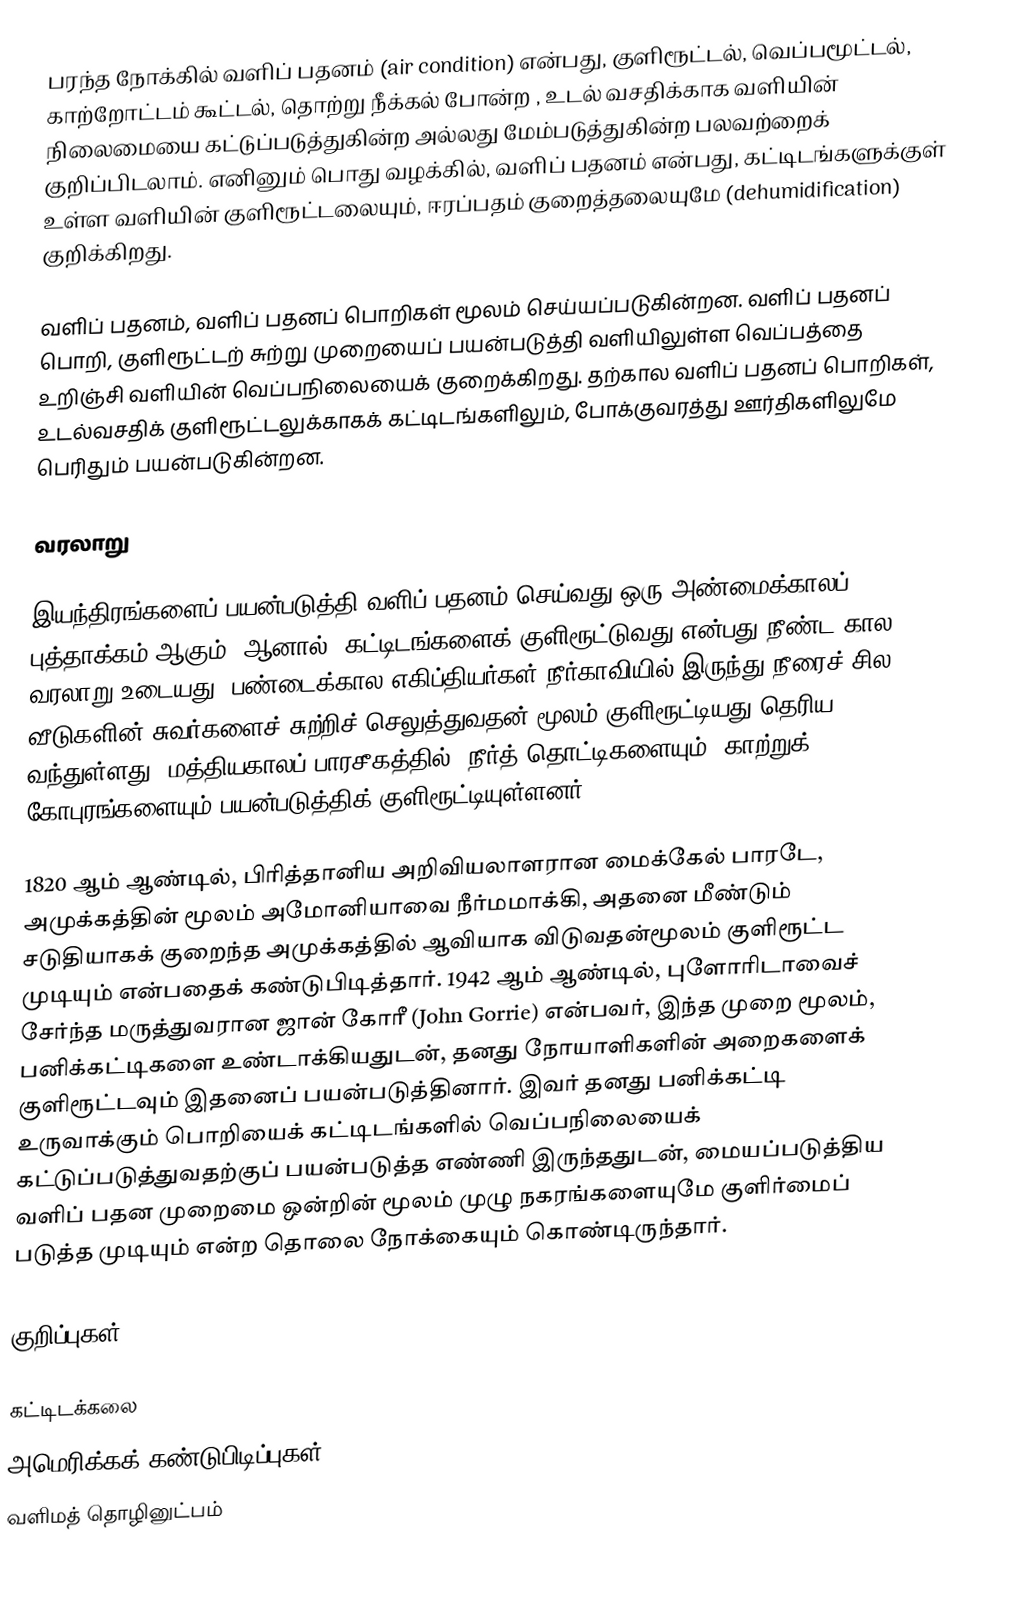
பரந்த நோக்கில் வளிப் பதனம் (air condition) என்பது, குளிரூட்டல், வெப்பமூட்டல், காற்றோட்டம் கூட்டல், தொற்று நீக்கல் போன்ற , உடல் வசதிக்காக வளியின் நிலைமையை கட்டுப்படுத்துகின்ற அல்லது மேம்படுத்துகின்ற பலவற்றைக் குறிப்பிடலாம். எனினும் பொது வழக்கில், வளிப் பதனம் என்பது, கட்டிடங்களுக்குள் உள்ள வளியின் குளிரூட்டலையும், ஈரப்பதம் குறைத்தலையுமே (dehumidification) குறிக்கிறது.

வளிப் பதனம், வளிப் பதனப் பொறிகள் மூலம் செய்யப்படுகின்றன. வளிப் பதனப் பொறி, குளிரூட்டற் சுற்று முறையைப் பயன்படுத்தி வளியிலுள்ள வெப்பத்தை உறிஞ்சி வளியின் வெப்பநிலையைக் குறைக்கிறது. தற்கால வளிப் பதனப் பொறிகள், உடல்வசதிக் குளிரூட்டலுக்காகக் கட்டிடங்களிலும், போக்குவரத்து ஊர்திகளிலுமே பெரிதும் பயன்படுகின்றன.

வரலாறு

இயந்திரங்களைப் பயன்படுத்தி வளிப் பதனம் செய்வது ஒரு அண்மைக்காலப் புத்தாக்கம் ஆகும். ஆனால், கட்டிடங்களைக் குளிரூட்டுவது என்பது நீண்ட கால வரலாறு உடையது. பண்டைக்கால எகிப்தியர்கள் நீர்காவியில் இருந்து நீரைச் சில வீடுகளின் சுவர்களைச் சுற்றிச் செலுத்துவதன் மூலம் குளிரூட்டியது தெரிய வந்துள்ளது. மத்தியகாலப் பாரசீகத்தில், நீர்த் தொட்டிகளையும், காற்றுக் கோபுரங்களையும் பயன்படுத்திக் குளிரூட்டியுள்ளனர்.

1820 ஆம் ஆண்டில், பிரித்தானிய அறிவியலாளரான மைக்கேல் பாரடே, அமுக்கத்தின் மூலம் அமோனியாவை நீர்மமாக்கி, அதனை மீண்டும் சடுதியாகக் குறைந்த அமுக்கத்தில் ஆவியாக விடுவதன்மூலம் குளிரூட்ட முடியும் என்பதைக் கண்டுபிடித்தார். 1942 ஆம் ஆண்டில், புளோரிடாவைச் சேர்ந்த மருத்துவரான ஜான் கோரீ (John Gorrie) என்பவர், இந்த முறை மூலம், பனிக்கட்டிகளை உண்டாக்கியதுடன், தனது நோயாளிகளின் அறைகளைக் குளிரூட்டவும் இதனைப் பயன்படுத்தினார். இவர் தனது பனிக்கட்டி உருவாக்கும் பொறியைக் கட்டிடங்களில் வெப்பநிலையைக் கட்டுப்படுத்துவதற்குப் பயன்படுத்த எண்ணி இருந்ததுடன், மையப்படுத்திய வளிப் பதன முறைமை ஒன்றின் மூலம் முழு நகரங்களையுமே குளிர்மைப் படுத்த முடியும் என்ற தொலை நோக்கையும் கொண்டிருந்தார்.

குறிப்புகள்

கட்டிடக்கலை
அமெரிக்கக் கண்டுபிடிப்புகள்
வளிமத் தொழினுட்பம்